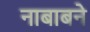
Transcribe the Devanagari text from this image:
नाबाबने